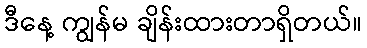
ဒီနေ့ ကျွန်မ ချိန်းထားတာရှိတယ်။